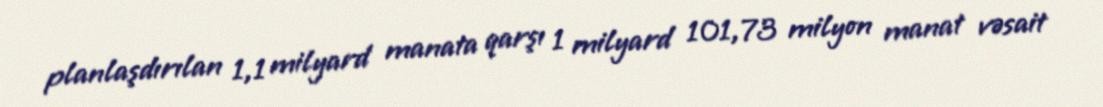
planlaşdırılan 1,1 milyard manata qarşı 1 milyard 101,73 milyon manat vəsait